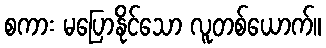
စကား မပြောနိုင်သော လူတစ်ယောက်။